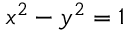
x ^ { 2 } - y ^ { 2 } = 1